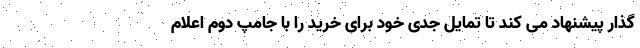
گذار پیشنهاد می کند تا تمایل جدی خود برای خرید را با جامپ دوم اعلام